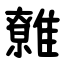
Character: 䨅